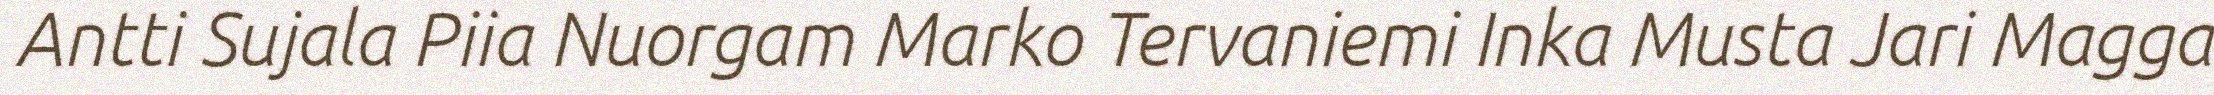
Antti Sujala Piia Nuorgam Marko Tervaniemi Inka Musta Jari Magga